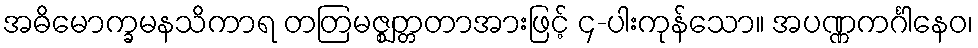
အဓိမောက္ခမနသိကာရ တတြမဇ္ဈတ္တတာအားဖြင့် ၄-ပါးကုန်သော။ အပဏ္ဏကင်္ဂါနေဝ၊